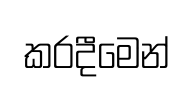
කරදීමෙන්